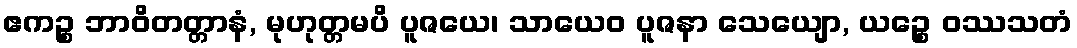
ဧကဉ္စ ဘာဝိတတ္တာနံ, မုဟုတ္တမပိ ပူဇယေ၊ သာယေဝ ပူဇနာ သေယျော, ယဉ္စေ ဝဿသတံ